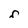
Character: r